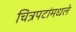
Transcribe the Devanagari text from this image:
चित्रपटांमधले